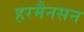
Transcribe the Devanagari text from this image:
हरमैनसन